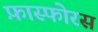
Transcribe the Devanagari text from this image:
फ़ास्फोरस